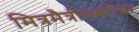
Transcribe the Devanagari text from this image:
मित्रमैत्रीणबरोबर